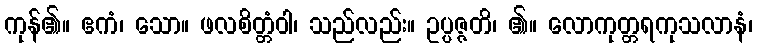
ကုန်၏။ ဧကံ၊ သော။ ဖလစိတ္တံဝါ၊ သည်လည်း။ ဥပ္ပဇ္ဇတိ၊ ၏။ လောကုတ္တရကုသလာနံ၊